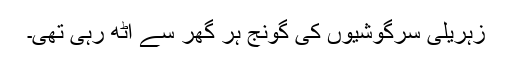
زہریلی سرگوشیوں کی گونج ہر گھر سے اُٹھ رہی تھی۔